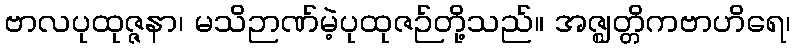
ဗာလပုထုဇ္ဇနာ၊ မသိဉာဏ်မဲ့ပုထုဇဉ်တို့သည်။ အဇ္ဈတ္တိကဗာဟိရေ၊